Indian journal of veterinary science and animal husbandry - Volumes 26-27, 1956-1957
Year: 1956
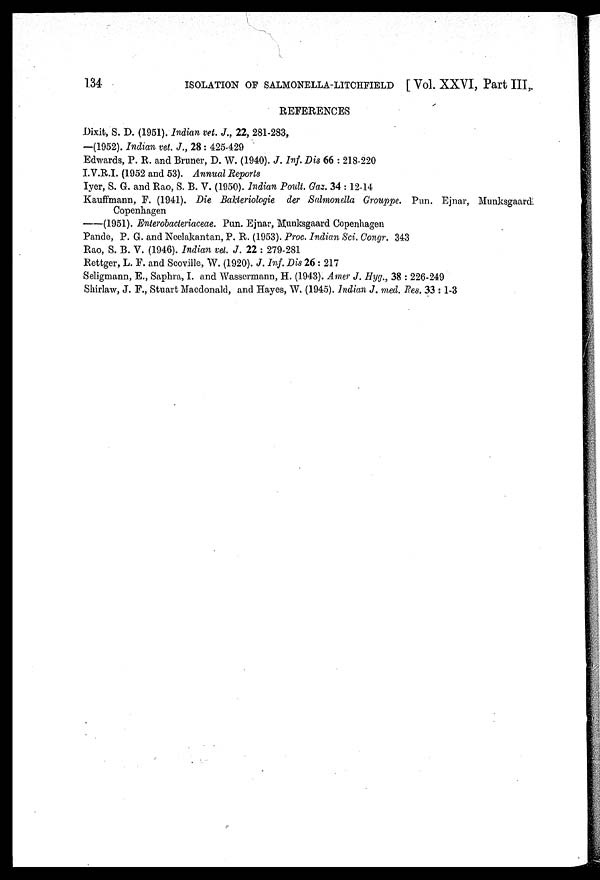
134
ISOLATION OF SALMONELLA-LITCHFIELD [ Vol. XXVI, Part III,
REFERENCES
Dixit, S. D. (1951). Indian vet. J., 22, 281-283,
—(1952). Indian vet. J., 28 : 425-429
Edwards, P. R. and Bruner, D. W. (1940). J. Inf. Dis 66 : 218-220
I.V.R.I. (1952 and 53). Annual Reports
Iyer, S. G. and Rao, S. B. V. (1950). Indian Poult. Gaz. 34 : 12-14
Kauffmann, F. (1941). Die Bakteriologie der Salmonella Grouppe. Pun. Ejnar, Munksgaard
Copenhagen
—(1951). Enterobacteriaceae. Pun. Ejnar, Munksgaard Copenhagen
Pande, P. G. and Neelakantan, P. R. (1953). Proc. Indian Sci. Congr. 343
Rao, S. B. V. (1946). Indian vet. J. 22 : 279-281
Rettger, L. F. and Scoville, W. (1920). J. Inf. Dis 26 : 217
Seligmann, E., Saphra, I. and Wassermann, H. (1943). Amer J. Hyg., 38 : 226-249
Shirlaw, J. F., Stuart Macdonald, and Hayes, W. (1945). Indian J. med. Res. 33 : 1-3